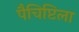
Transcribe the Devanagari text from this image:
पैचिप्टिला